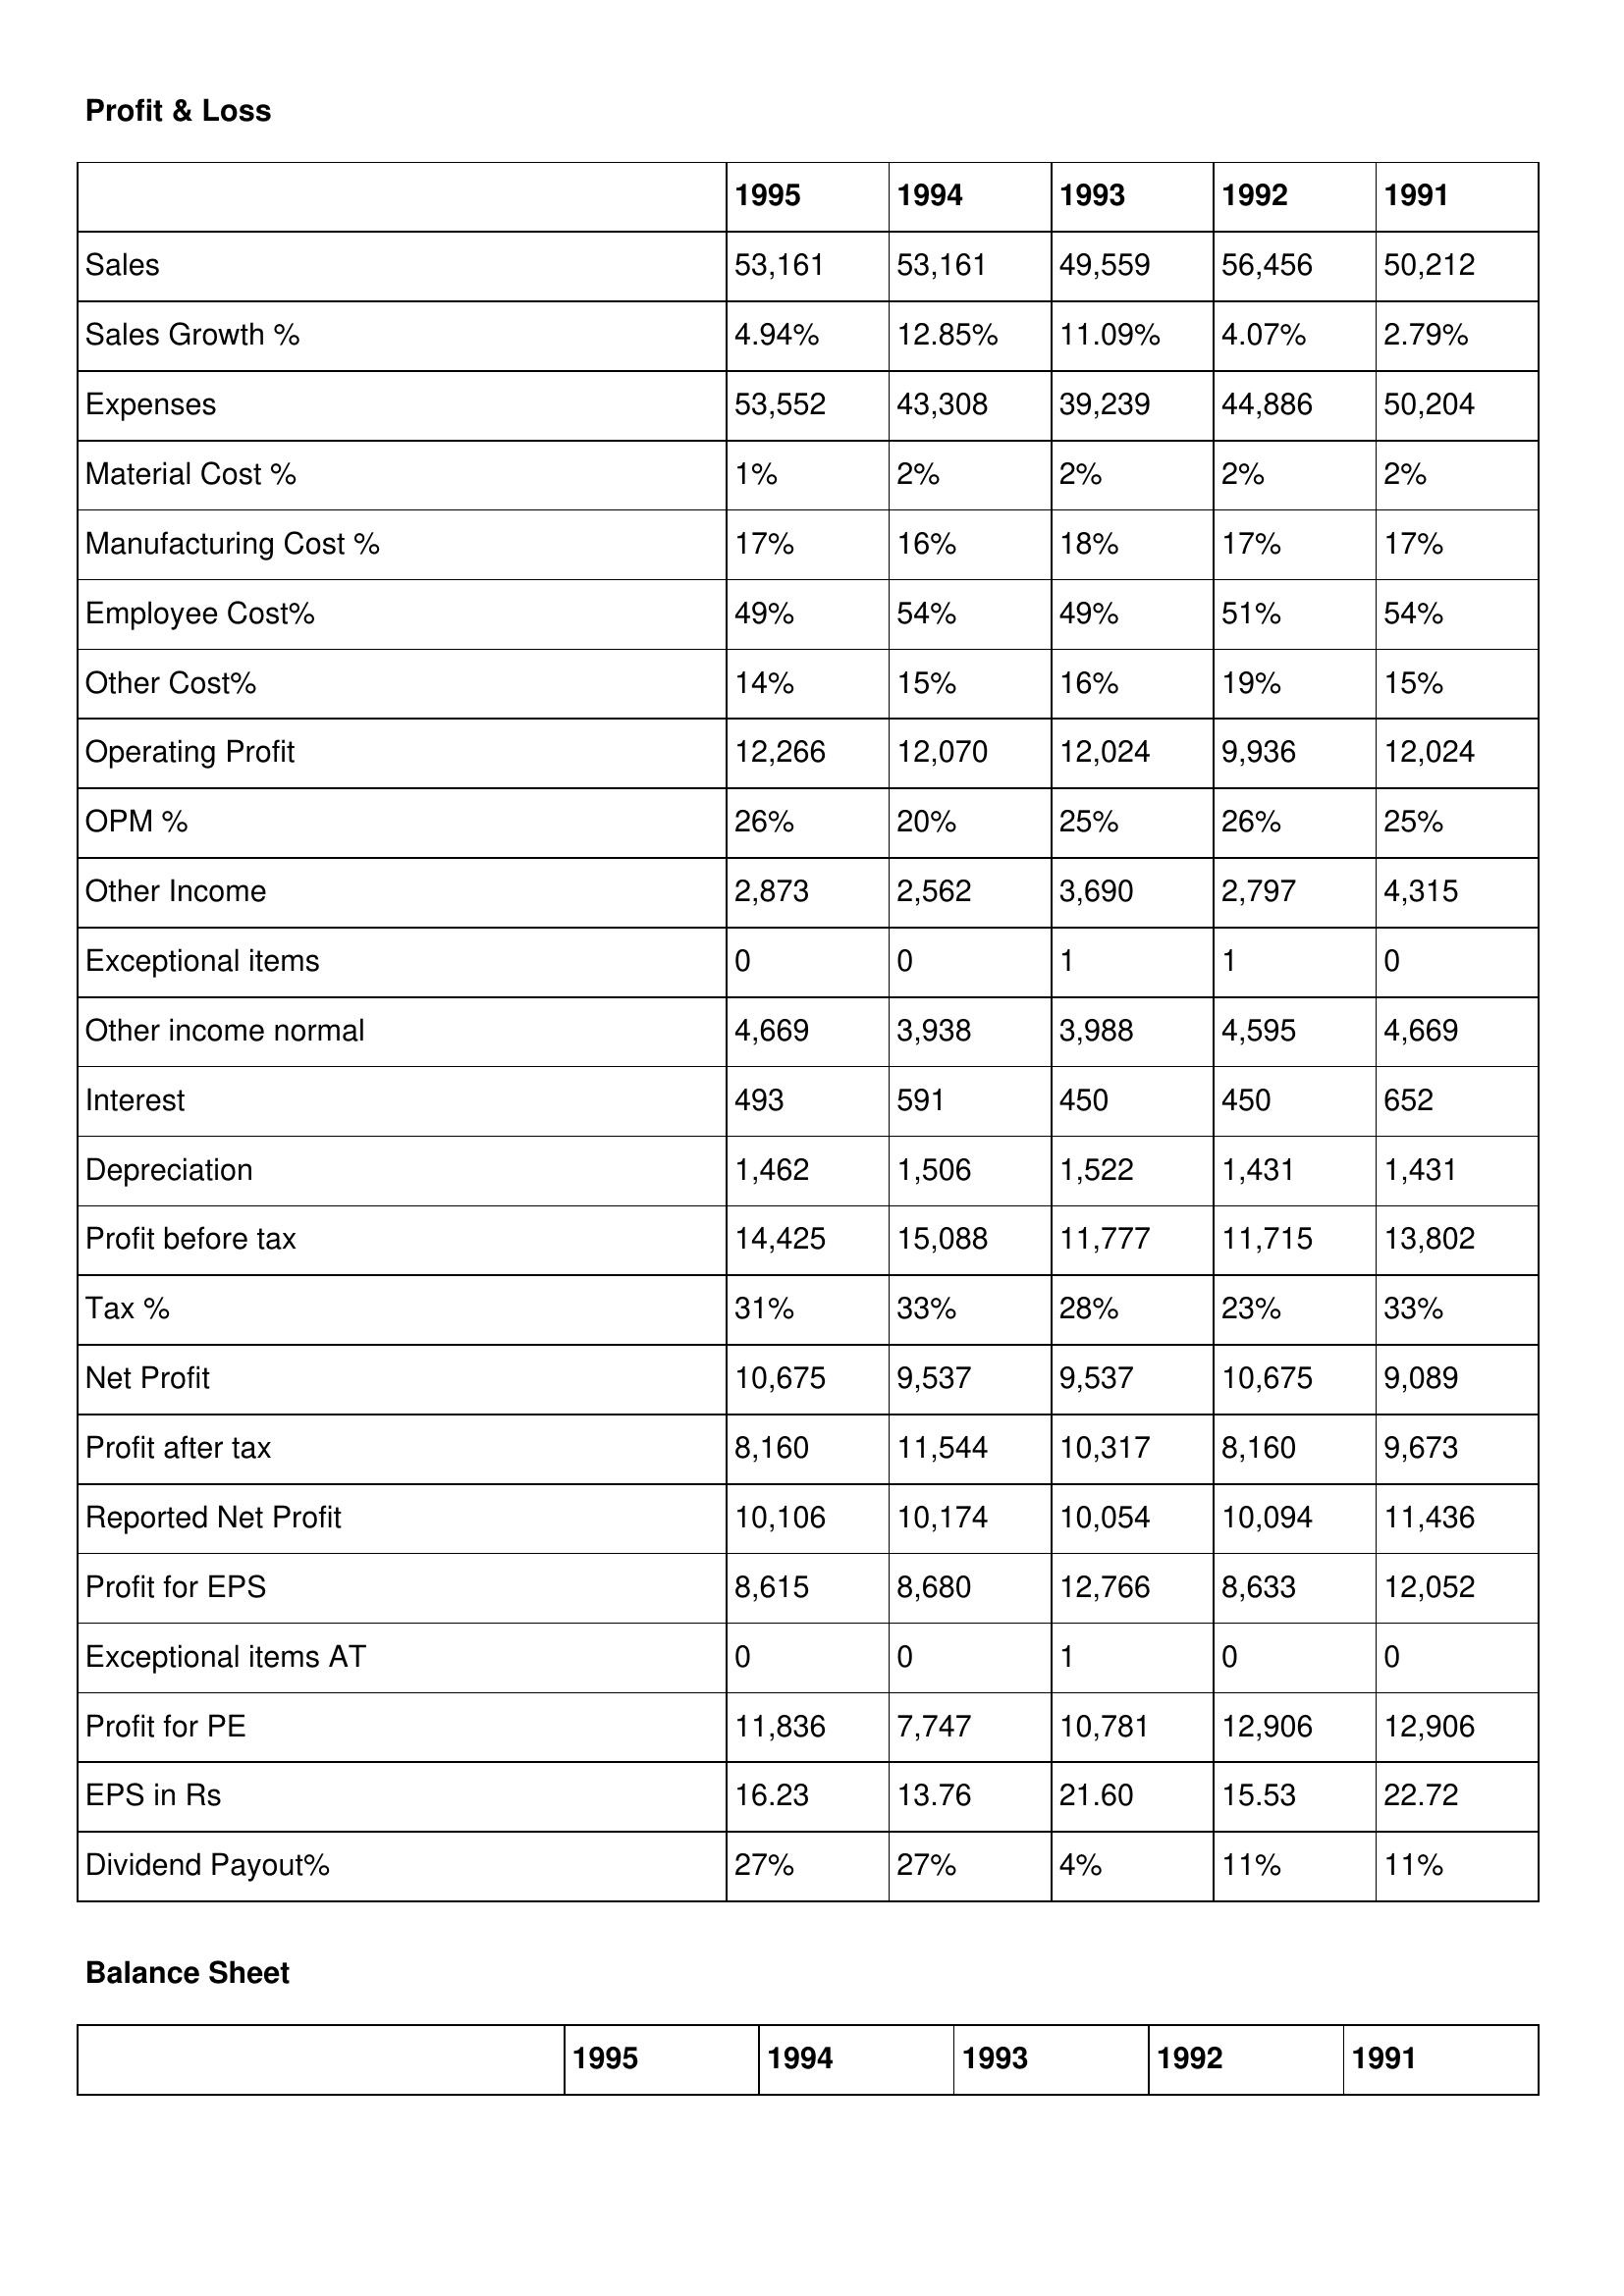
gt_parse: 1995: Profit & Loss: Sales: 53,161
Sales Growth %: 4.94%
Expenses: 53,552
Material Cost %: 1%
Manufacturing Cost %: 17%
Employee Cost%: 49%
Other Cost%: 14%
Operating Profit: 12,266
OPM %: 26%
Other Income: 2,873
Exceptional items: 0
Other income normal: 4,669
Interest: 493
Depreciation: 1,462
Profit before tax: 14,425
Tax %: 31%
Net Profit: 10,675
Profit after tax: 8,160
Reported Net Profit: 10,106
Profit for EPS: 8,615
Exceptional items AT: 0
Profit for PE: 11,836
EPS in Rs: 16.23
Dividend Payout%: 27%
1994: Profit & Loss: Sales: 53,161
Sales Growth %: 12.85%
Expenses: 43,308
Material Cost %: 2%
Manufacturing Cost %: 16%
Employee Cost%: 54%
Other Cost%: 15%
Operating Profit: 12,070
OPM %: 20%
Other Income: 2,562
Exceptional items: 0
Other income normal: 3,938
Interest: 591
Depreciation: 1,506
Profit before tax: 15,088
Tax %: 33%
Net Profit: 9,537
Profit after tax: 11,544
Reported Net Profit: 10,174
Profit for EPS: 8,680
Exceptional items AT: 0
Profit for PE: 7,747
EPS in Rs: 13.76
Dividend Payout%: 27%
1993: Profit & Loss: Sales: 49,559
Sales Growth %: 11.09%
Expenses: 39,239
Material Cost %: 2%
Manufacturing Cost %: 18%
Employee Cost%: 49%
Other Cost%: 16%
Operating Profit: 12,024
OPM %: 25%
Other Income: 3,690
Exceptional items: 1
Other income normal: 3,988
Interest: 450
Depreciation: 1,522
Profit before tax: 11,777
Tax %: 28%
Net Profit: 9,537
Profit after tax: 10,317
Reported Net Profit: 10,054
Profit for EPS: 12,766
Exceptional items AT: 1
Profit for PE: 10,781
EPS in Rs: 21.60
Dividend Payout%: 4%
1992: Profit & Loss: Sales: 56,456
Sales Growth %: 4.07%
Expenses: 44,886
Material Cost %: 2%
Manufacturing Cost %: 17%
Employee Cost%: 51%
Other Cost%: 19%
Operating Profit: 9,936
OPM %: 26%
Other Income: 2,797
Exceptional items: 1
Other income normal: 4,595
Interest: 450
Depreciation: 1,431
Profit before tax: 11,715
Tax %: 23%
Net Profit: 10,675
Profit after tax: 8,160
Reported Net Profit: 10,094
Profit for EPS: 8,633
Exceptional items AT: 0
Profit for PE: 12,906
EPS in Rs: 15.53
Dividend Payout%: 11%
1991: Profit & Loss: Sales: 50,212
Sales Growth %: 2.79%
Expenses: 50,204
Material Cost %: 2%
Manufacturing Cost %: 17%
Employee Cost%: 54%
Other Cost%: 15%
Operating Profit: 12,024
OPM %: 25%
Other Income: 4,315
Exceptional items: 0
Other income normal: 4,669
Interest: 652
Depreciation: 1,431
Profit before tax: 13,802
Tax %: 33%
Net Profit: 9,089
Profit after tax: 9,673
Reported Net Profit: 11,436
Profit for EPS: 12,052
Exceptional items AT: 0
Profit for PE: 12,906
EPS in Rs: 22.72
Dividend Payout%: 11%